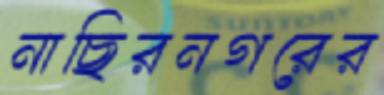
নাছিরনগরের